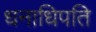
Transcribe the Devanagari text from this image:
धनाधिपति